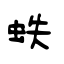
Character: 蛈